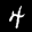
Label: 4